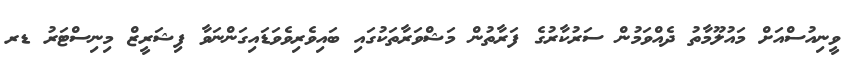
ވީނިއުސްއަށް މައުލޫމާތު ދެއްވަމުން ސަރުކާރުގެ ފަރާތުން މަޝްވަރާތަކުގައި ބައިވެރިވެވަޑައިގަންނަވާ ފިޝަރީޒް މިނިސްޓަރު ޑރ